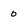
Character: 0